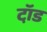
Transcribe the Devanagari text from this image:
टॉ़ड